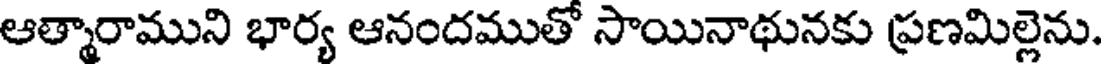
ఆత్మారాముని భార్య ఆనందముతో సాయినాథునకు ప్రణమిల్లెను.